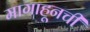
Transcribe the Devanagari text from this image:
मागाहूनची